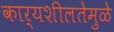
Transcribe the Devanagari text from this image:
कार्यशीलतेमुळे